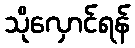
သိုလှောင်ရန်